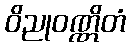
ဝိညုဝဏ္ဏိတံ